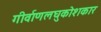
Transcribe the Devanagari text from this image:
गीर्वाणलघुकोशकार